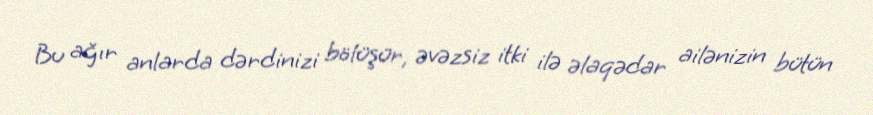
Bu ağır anlarda dərdinizi bölüşür, əvəzsiz itki ilə əlaqədar ailənizin bütün